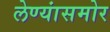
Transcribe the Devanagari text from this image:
लेण्यांसमोर